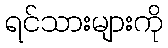
ရင်သားများကို